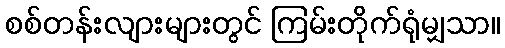
စစ်တန်းလျားများတွင် ကြမ်းတိုက်ရုံမျှသာ။